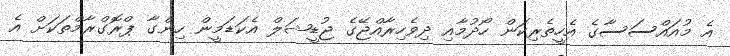
އެ މުއައްސަސާގެ އެހީތެރިކަން ހޯދުމާއި ދިވެހިރާއްޖޭގެ ޖުޑީޝަލް އެކަޑަމީން ހިންގާ ޕްރޮގްރާމްތަކަށް އެ